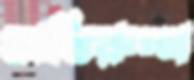
অতিরুগ্ণ